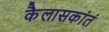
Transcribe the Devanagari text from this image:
कैलासकांतं